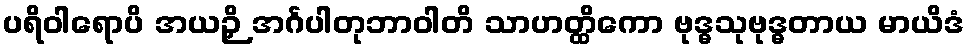
ပရိဝါရောပိ အယဉှိ အင်္ဂပါတုဘာဝါတိ သာဟတ္ထိကော ဗုဒ္ဓသုဗုဒ္ဓတာယ မာယိဒံ